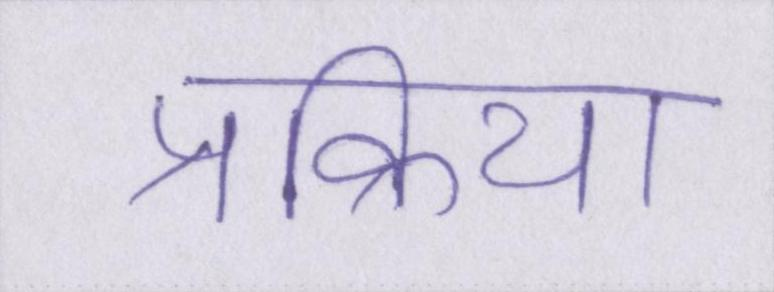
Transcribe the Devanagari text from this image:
प्रक्रिया